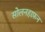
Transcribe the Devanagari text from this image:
सोलनहाफ़न